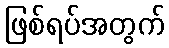
ဖြစ်ရပ်အတွက်